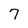
Character: 7